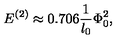
E ^ { ( 2 ) } \approx 0 . 7 0 6 \frac { 1 } { l _ { 0 } } \Phi _ { 0 } ^ { 2 } ,